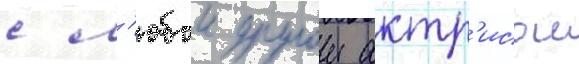
с л'юбои другои актр'исои